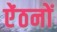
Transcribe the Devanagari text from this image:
ऐंठनों